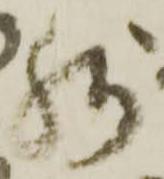
残